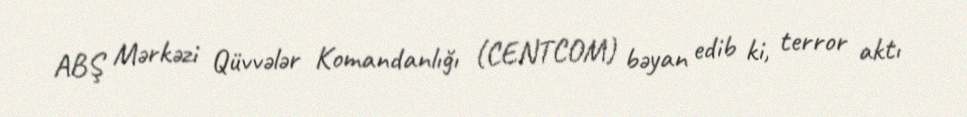
ABŞ Mərkəzi Qüvvələr Komandanlığı (CENTCOM) bəyan edib ki, terror aktı